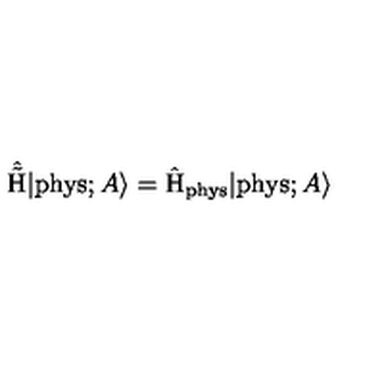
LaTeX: \hat { \tilde { \mathrm { H } } } | \mathrm { p h y s } ; A \rangle = \hat { \mathrm { H } } _ { \mathrm { p h y s } } | \mathrm { p h y s } ; A \rangle